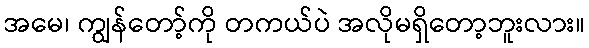
အမေ၊ ကျွန်တော့်ကို တကယ်ပဲ အလိုမရှိတော့ဘူးလား။